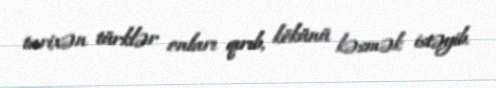
tarixən türklər onları qırıb, kökünü kəsmək istəyib.